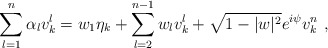
\begin{align*} \sum_{l=1}^n \alpha_l v_k^l&=w_1\eta_k+\sum_{l=2}^{n-1} w_l v_k^l +\sqrt{1-|w|^2} e^{i\psi} v_k^n\ ,\end{align*}